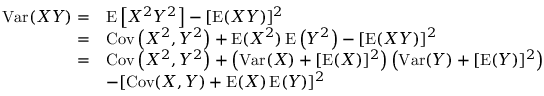
{ \begin{array} { r l } { \operatorname { V a r } ( X Y ) = } & { \operatorname { E } \left[ X ^ { 2 } Y ^ { 2 } \right] - [ \operatorname { E } ( X Y ) ] ^ { 2 } } \\ { = } & { \operatorname { C o v } \left( X ^ { 2 } , Y ^ { 2 } \right) + \operatorname { E } ( X ^ { 2 } ) \operatorname { E } \left( Y ^ { 2 } \right) - [ \operatorname { E } ( X Y ) ] ^ { 2 } } \\ { = } & { \operatorname { C o v } \left( X ^ { 2 } , Y ^ { 2 } \right) + \left( \operatorname { V a r } ( X ) + [ \operatorname { E } ( X ) ] ^ { 2 } \right) \left( \operatorname { V a r } ( Y ) + [ \operatorname { E } ( Y ) ] ^ { 2 } \right) } \\ & { - [ \operatorname { C o v } ( X , Y ) + \operatorname { E } ( X ) \operatorname { E } ( Y ) ] ^ { 2 } } \end{array} }